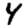
Digit: 4